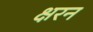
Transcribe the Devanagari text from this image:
क्षरन